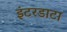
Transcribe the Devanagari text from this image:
इंटरडाटा